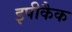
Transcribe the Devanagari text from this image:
इपीकैक